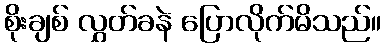
စိုးချစ် လွှတ်ခနဲ ပြောလိုက်မိသည်။